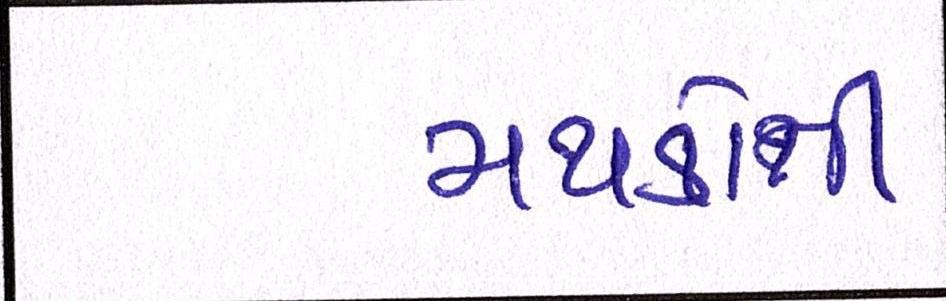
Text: મથકોની